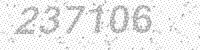
Solution: 237106